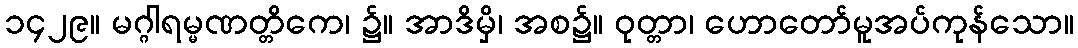
၁၄၂၉။ မဂ္ဂါရမ္မဏတ္တိကေ၊ ၌။ အာဒိမှိ၊ အစ၌။ ဝုတ္တာ၊ ဟောတော်မူအပ်ကုန်သော။